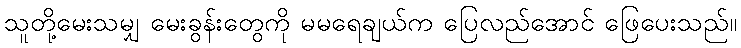
သူတို့မေးသမျှ မေးခွန်းတွေကို မမရေချယ်က ပြေလည်အောင် ဖြေပေးသည်။